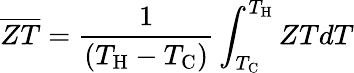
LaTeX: \overline{{ZT}}=\frac{1}{(T_{\mathrm{H}}-T_{\mathrm{C}})}\int_{T_{\mathrm{C}}}^{T_{\mathrm{H}}}ZTdT